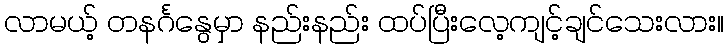
လာမယ့် တနင်္ဂနွေမှာ နည်းနည်း ထပ်ပြီးလေ့ကျင့်ချင်သေးလား။